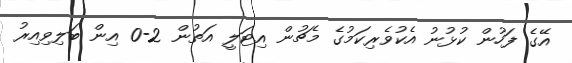
އޭގެ ފަހުން ކުޅުނު އެކުވެރިކަމުގެ މެޗުން އިޓަލީ އަތުން 2-0 އިން ބަލިވިއިރު